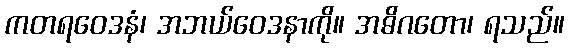
ကတရဝေဒနံ၊ အဘယ်ဝေဒနာကို။ အဓိဂတော၊ ရသည်။